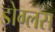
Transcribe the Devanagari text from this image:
डोग्लस